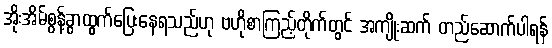
အိုးအိမ်စွန့်ခွာထွက်ပြေးနေရသည်ဟု ဗဟိုစာကြည့်တိုက်တွင် အကျိုးဆက် တည်ဆောက်ပါရန်